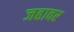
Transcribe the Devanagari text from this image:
जहावर